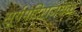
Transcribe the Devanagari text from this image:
सूर्यमंदिराजवळ